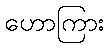
ဟောကြား